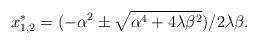
LaTeX: \begin{align*} x_{1,2}^{*}=(-\alpha^2 \pm \sqrt{\alpha^4+4\lambda \beta^2})/2\lambda\beta.\end{align*}